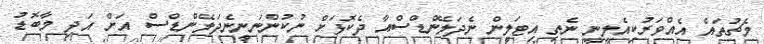
މެޗުތައް އެއްވަރުކިއެލީނީ ނެތި އިޓަލީން ނެދަލޭންޑްސްއާ ދެކޮޅަށް ނުކުންނަނީނެދަލޭންޑްސް އަށް އަދި މާބޮޑު